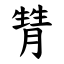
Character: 甧